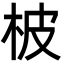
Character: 柀